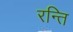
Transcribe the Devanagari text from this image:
रन्ति